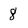
Character: 8